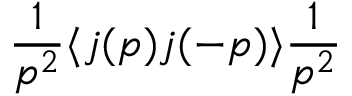
\frac { 1 } { p ^ { 2 } } \langle j ( p ) j ( - p ) \rangle \frac { 1 } { p ^ { 2 } }